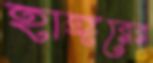
হাঙ্গরের